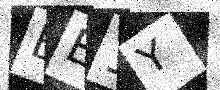
Text: EE1Y